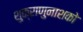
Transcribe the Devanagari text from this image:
शुक्राणुनाशको